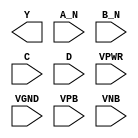
/**
 * Copyright 2020 The SkyWater PDK Authors
 *
 * Licensed under the Apache License, Version 2.0 (the "License");
 * you may not use this file except in compliance with the License.
 * You may obtain a copy of the License at
 *
 *     https://www.apache.org/licenses/LICENSE-2.0
 *
 * Unless required by applicable law or agreed to in writing, software
 * distributed under the License is distributed on an "AS IS" BASIS,
 * WITHOUT WARRANTIES OR CONDITIONS OF ANY KIND, either express or implied.
 * See the License for the specific language governing permissions and
 * limitations under the License.
 *
 * SPDX-License-Identifier: Apache-2.0
 */

`ifndef SKY130_FD_SC_HDLL__NAND4BB_PP_BLACKBOX_V
`define SKY130_FD_SC_HDLL__NAND4BB_PP_BLACKBOX_V

/**
 * nand4bb: 4-input NAND, first two inputs inverted.
 *
 * Verilog stub definition (black box with power pins).
 *
 * WARNING: This file is autogenerated, do not modify directly!
 */

`timescale 1ns / 1ps
`default_nettype none

(* blackbox *)
module sky130_fd_sc_hdll__nand4bb (
    Y   ,
    A_N ,
    B_N ,
    C   ,
    D   ,
    VPWR,
    VGND,
    VPB ,
    VNB
);

    output Y   ;
    input  A_N ;
    input  B_N ;
    input  C   ;
    input  D   ;
    input  VPWR;
    input  VGND;
    input  VPB ;
    input  VNB ;
endmodule

`default_nettype wire
`endif  // SKY130_FD_SC_HDLL__NAND4BB_PP_BLACKBOX_V